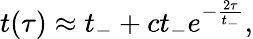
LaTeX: t(\tau)\approx t_{-}+ct_{-}e^{-\frac{2\tau}{t_{-}}},